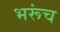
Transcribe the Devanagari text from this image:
भरूंच